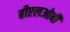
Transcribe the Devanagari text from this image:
बीएलओबी